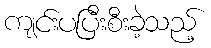
ကျင်းပပြီးစီးခဲ့သည့်